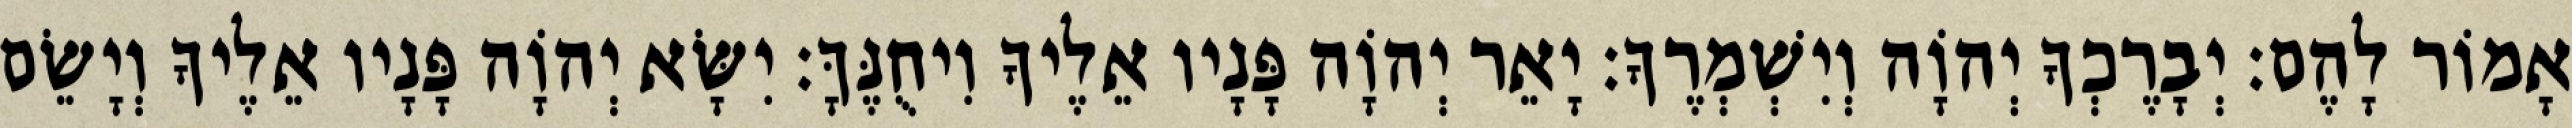
אָמוֹר לָהֶם׃ יְבָרֶכְךָ יְהוָֹה וְיִשְׁמְרֶךָ׃ יָאֵר יְהוָֹה פָּנָיו אֵלֶיךָ וִיחֻנֶּךָּ׃ יִשָּׂא יְהוָֹה פָּנָיו אֵלֶיךָ וְיָשֵׂם